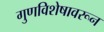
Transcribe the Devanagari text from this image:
गुणविशेषावरून